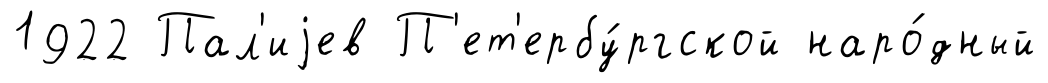
1922 Пал'иjев П'ет'ербу́ргской наро́дный